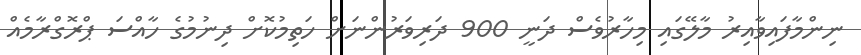
ނިންމާފައިވާއިރު މާލޭގައި މިހާރުވެސް ދަނީ 900 ދަރިވަރުންނަށް ހަތިމުކޮށް ދިނުމުގެ ހާއްސަ ޕްރޮގްރާމެއް